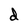
Character: d